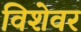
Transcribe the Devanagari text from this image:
विशेवर